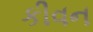
કીવન